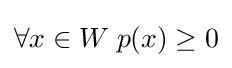
\forall x\in W\;p(x)\geq 0